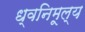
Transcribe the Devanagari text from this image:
ध्वनिमूल्य